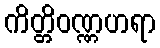
ကိတ္တိဝဏ္ဏဟရာ